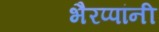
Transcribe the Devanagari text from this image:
भैरप्पांनी